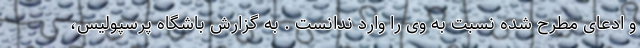
و ادعای مطرح شده نسبت به وی را وارد ندانست . به گزارش باشگاه پرسپولیس،